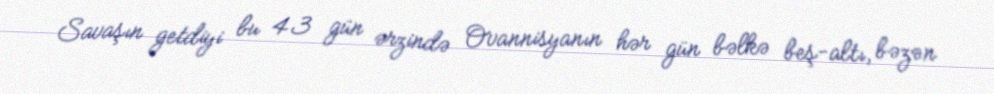
Savaşın getdiyi bu 43 gün ərzində Ovannisyanın hər gün bəlkə beş-altı, bəzən